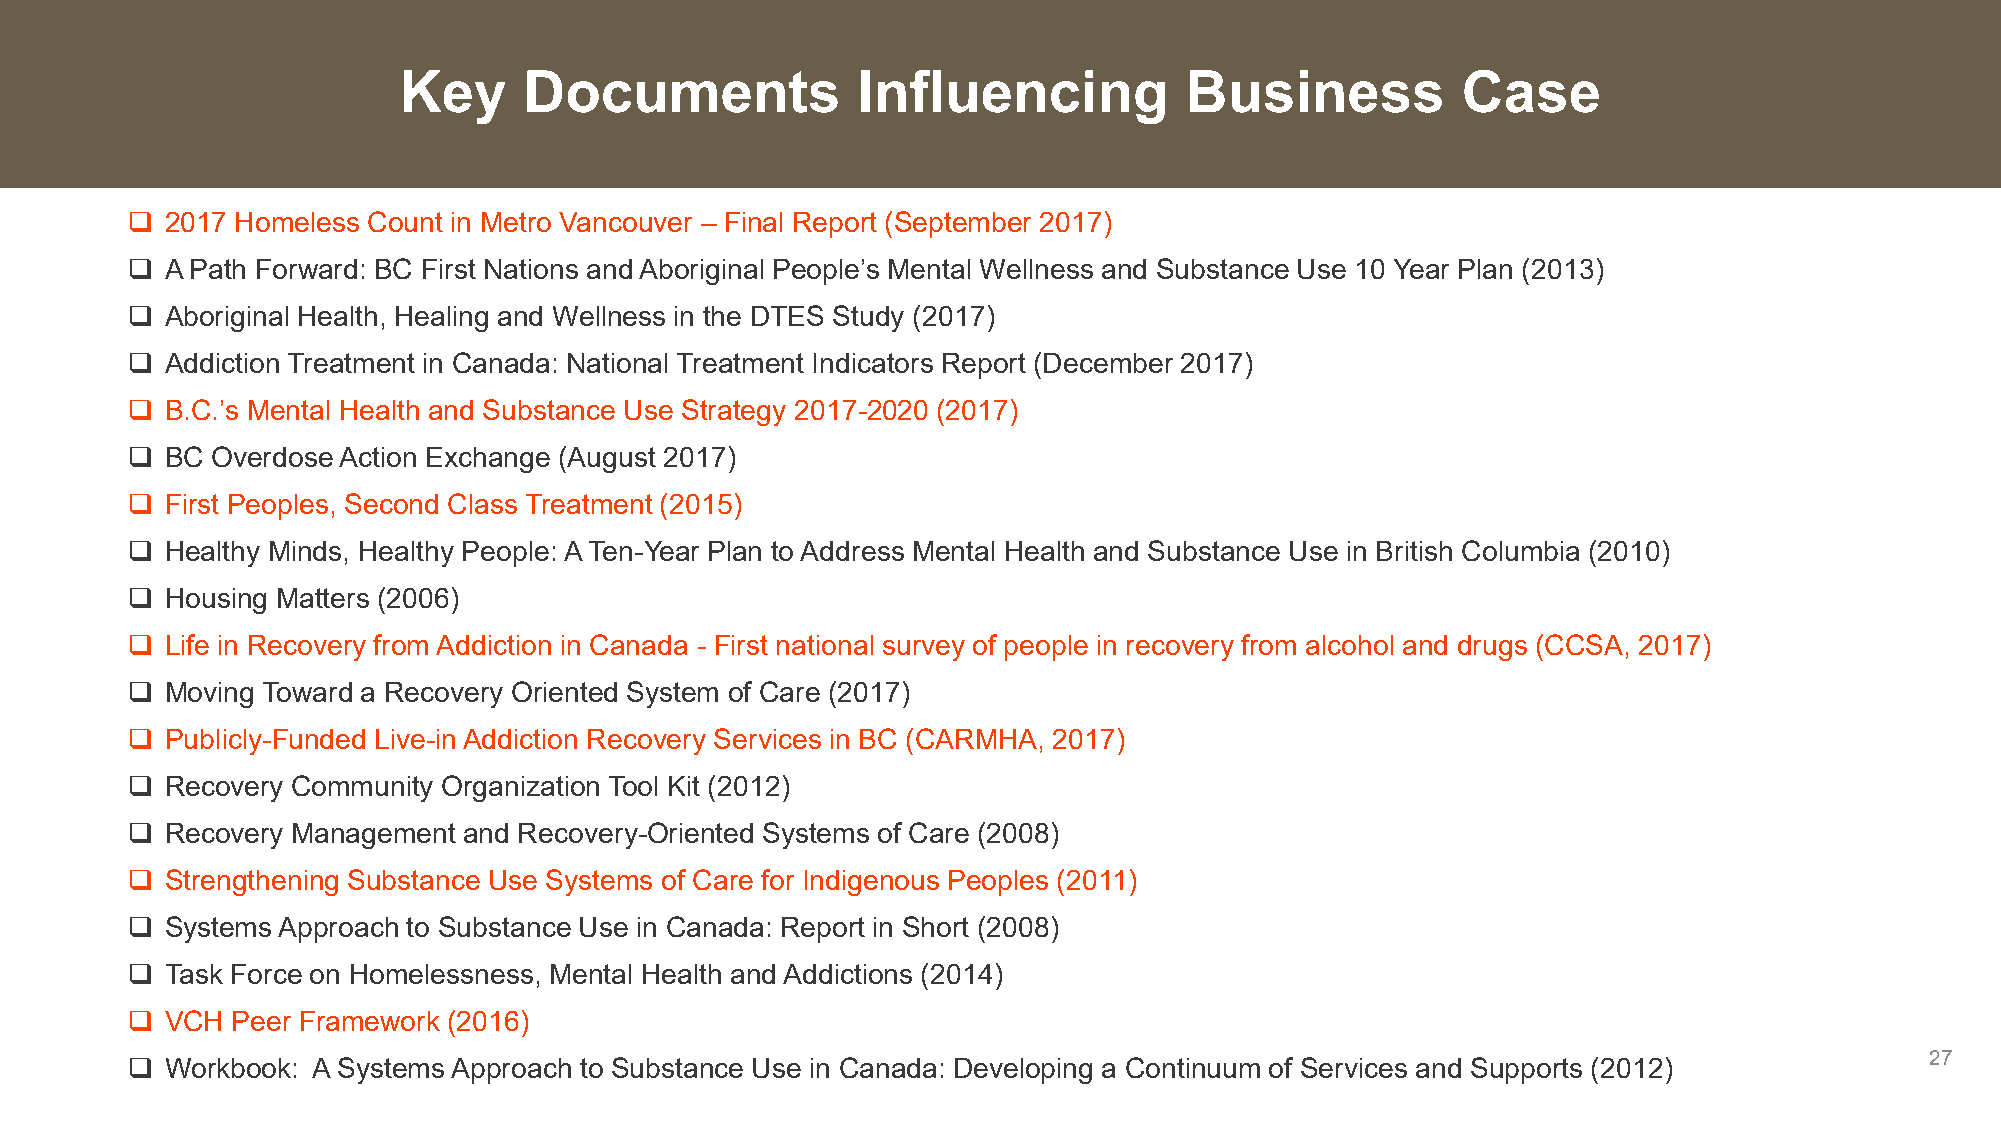
Key      Documents             Influencing          Business           Case
   2017 Homeless Count in Metro Vancouver – Final Report (September 2017)
   A Path Forward: BC First Nations and Aboriginal People’s Mental Wellness and Substance Use 10 Year Plan (2013)
   Aboriginal Health, Healing and Wellness in the DTES Study (2017)
   Addiction Treatment in Canada: National Treatment Indicators Report (December 2017)
   B.C.’s Mental Health and Substance Use Strategy 2017-2020 (2017)
   BC Overdose Action Exchange (August 2017)
   First Peoples, Second Class Treatment (2015)
   Healthy Minds, Healthy People: A Ten-Year Plan to Address Mental Health and Substance Use in British Columbia (2010)
   Housing Matters (2006)
   Life in Recovery from Addiction in Canada - First national survey of people in recovery from alcohol and drugs (CCSA, 2017)
   Moving Toward a Recovery Oriented System of Care (2017)
   Publicly-Funded Live-in Addiction Recovery Services in BC (CARMHA, 2017)
   Recovery Community Organization Tool Kit (2012)
   Recovery Management and Recovery-Oriented Systems of Care (2008)
   Strengthening Substance Use Systems of Care for Indigenous Peoples (2011)
   Systems Approach to Substance Use in Canada: Report in Short (2008)
   Task Force on Homelessness, Mental Health and Addictions (2014)
   VCH Peer Framework (2016)
   Workbook: A Systems Approach to Substance Use in Canada: Developing a Continuum of Services and Supports (2012)      27